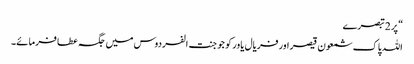
“ پر 2 تبصرے
اللہ پاک شمعون قیصر اور فریال یاور کو جو جنت الفردوس میں جگہ عطا فرمائے۔